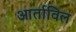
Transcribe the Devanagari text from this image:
आर्ताविल